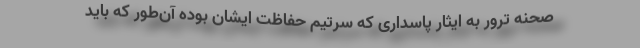
صحنه ترور به ایثار پاسداری که سرتیم حفاظت ایشان بوده آن‌طور که باید